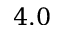
4 . 0